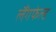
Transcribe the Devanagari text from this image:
लैंगफेल्ड